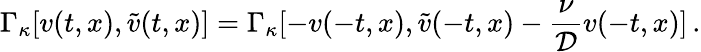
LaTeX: \Gamma_{\kappa}[v(t,x),\tilde{v}(t,x)]=\Gamma_{\kappa}[-v(-t,x),\tilde{v}(-t,x)-\frac{\nu}{{\cal D}}v(-t,x)]\, .